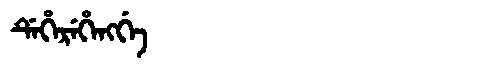
Manchu: ᡩᡝᡥᡝᡵᡝᡥᡝᠩᡤᡝ
Romanization: DEHEREHENGGE